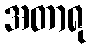
အတာရု